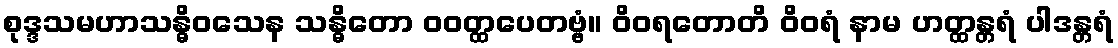
စုဒ္ဒသမဟာသန္ဓိဝသေန သန္ဓိတော ဝဝတ္ထပေတဗ္ဗံ။ ဝိဝရတောတိ ဝိဝရံ နာမ ဟတ္ထန္တရံ ပါဒန္တရံ